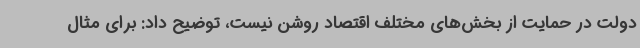
دولت در حمایت از بخش‌های مختلف اقتصاد روشن نیست، توضیح داد: برای مثال